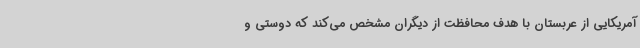
آمریکایی از عربستان با هدف محافظت از دیگران مشخص می‌کند که دوستی و